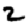
Digit: 2